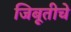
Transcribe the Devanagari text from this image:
जिबूतीचे